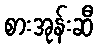
စားအုန်းဆီ